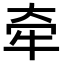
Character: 牵